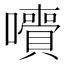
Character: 𡄙